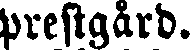
prestgård.